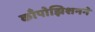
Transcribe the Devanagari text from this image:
काँपोझिशनने